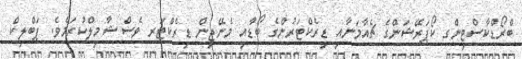
ބްރޯޑްކާސްޓިންގ ކޯޕަރޭޝަންގެ ޗެއާމަނާއި ޑިރެކްޓަރުންގެ ބޯޑާއި މެނޭޖިން ޑިރެކްޓަރ ވެސް ޝާމިލްކުރަމެވެ. ޕަބްލިކް